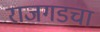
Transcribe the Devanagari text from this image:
राजगडचा